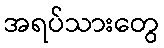
အရပ်သားတွေ